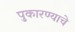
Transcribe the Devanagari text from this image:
पुकारण्याचे